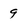
Character: 9